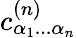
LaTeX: c_{\alpha_{1}...\alpha_{n}}^{(n)}